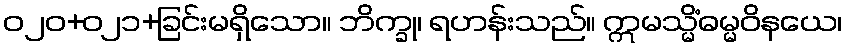
ဝ၂၀+၀၂၁+ခြင်းမရှိသော။ ဘိက္ခု၊ ရဟန်းသည်။ ဣမသ္မိံဓမ္မဝိနယေ၊